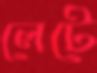
লেটে